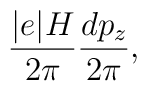
\frac {\vert e \vert H}{2 \pi} \frac{dp_z}{2 \pi},  \nonumber